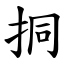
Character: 挏